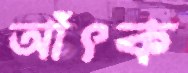
আঁৎক